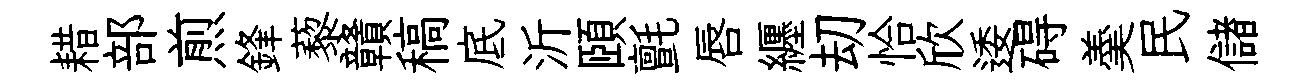
耤部煎鋒藜贛稿底沂頤氈唇纒刧恰欣逶碍羮民儲